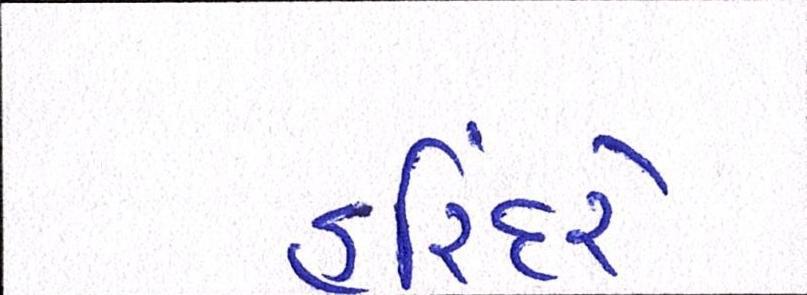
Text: હરિંદરે